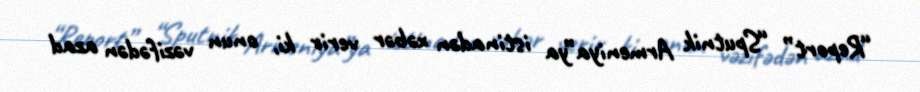
“Report” “Sputnik Armeniya”ya istinadən xəbər verir ki, onun vəzifədən azad